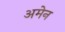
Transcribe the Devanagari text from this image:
अमेन